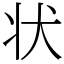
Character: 状